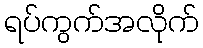
ရပ်ကွက်အလိုက်